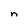
Character: n